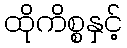
ထိုကိစ္စနှင့်